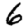
Digit: 6